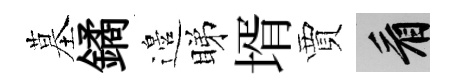
墓鐍邉睇壻賈看